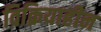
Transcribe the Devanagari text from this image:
विक्रियाहीन